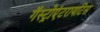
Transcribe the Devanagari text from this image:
गॅस्ट्रोएंटरायटिस